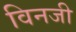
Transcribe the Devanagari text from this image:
विनजी